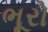
ભૂરો